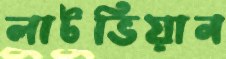
লাটভিয়ান